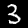
Digit: 3